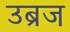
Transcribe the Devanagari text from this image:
उब्रज